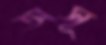
অসূ